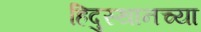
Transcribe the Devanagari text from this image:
हिदुस्थानच्या